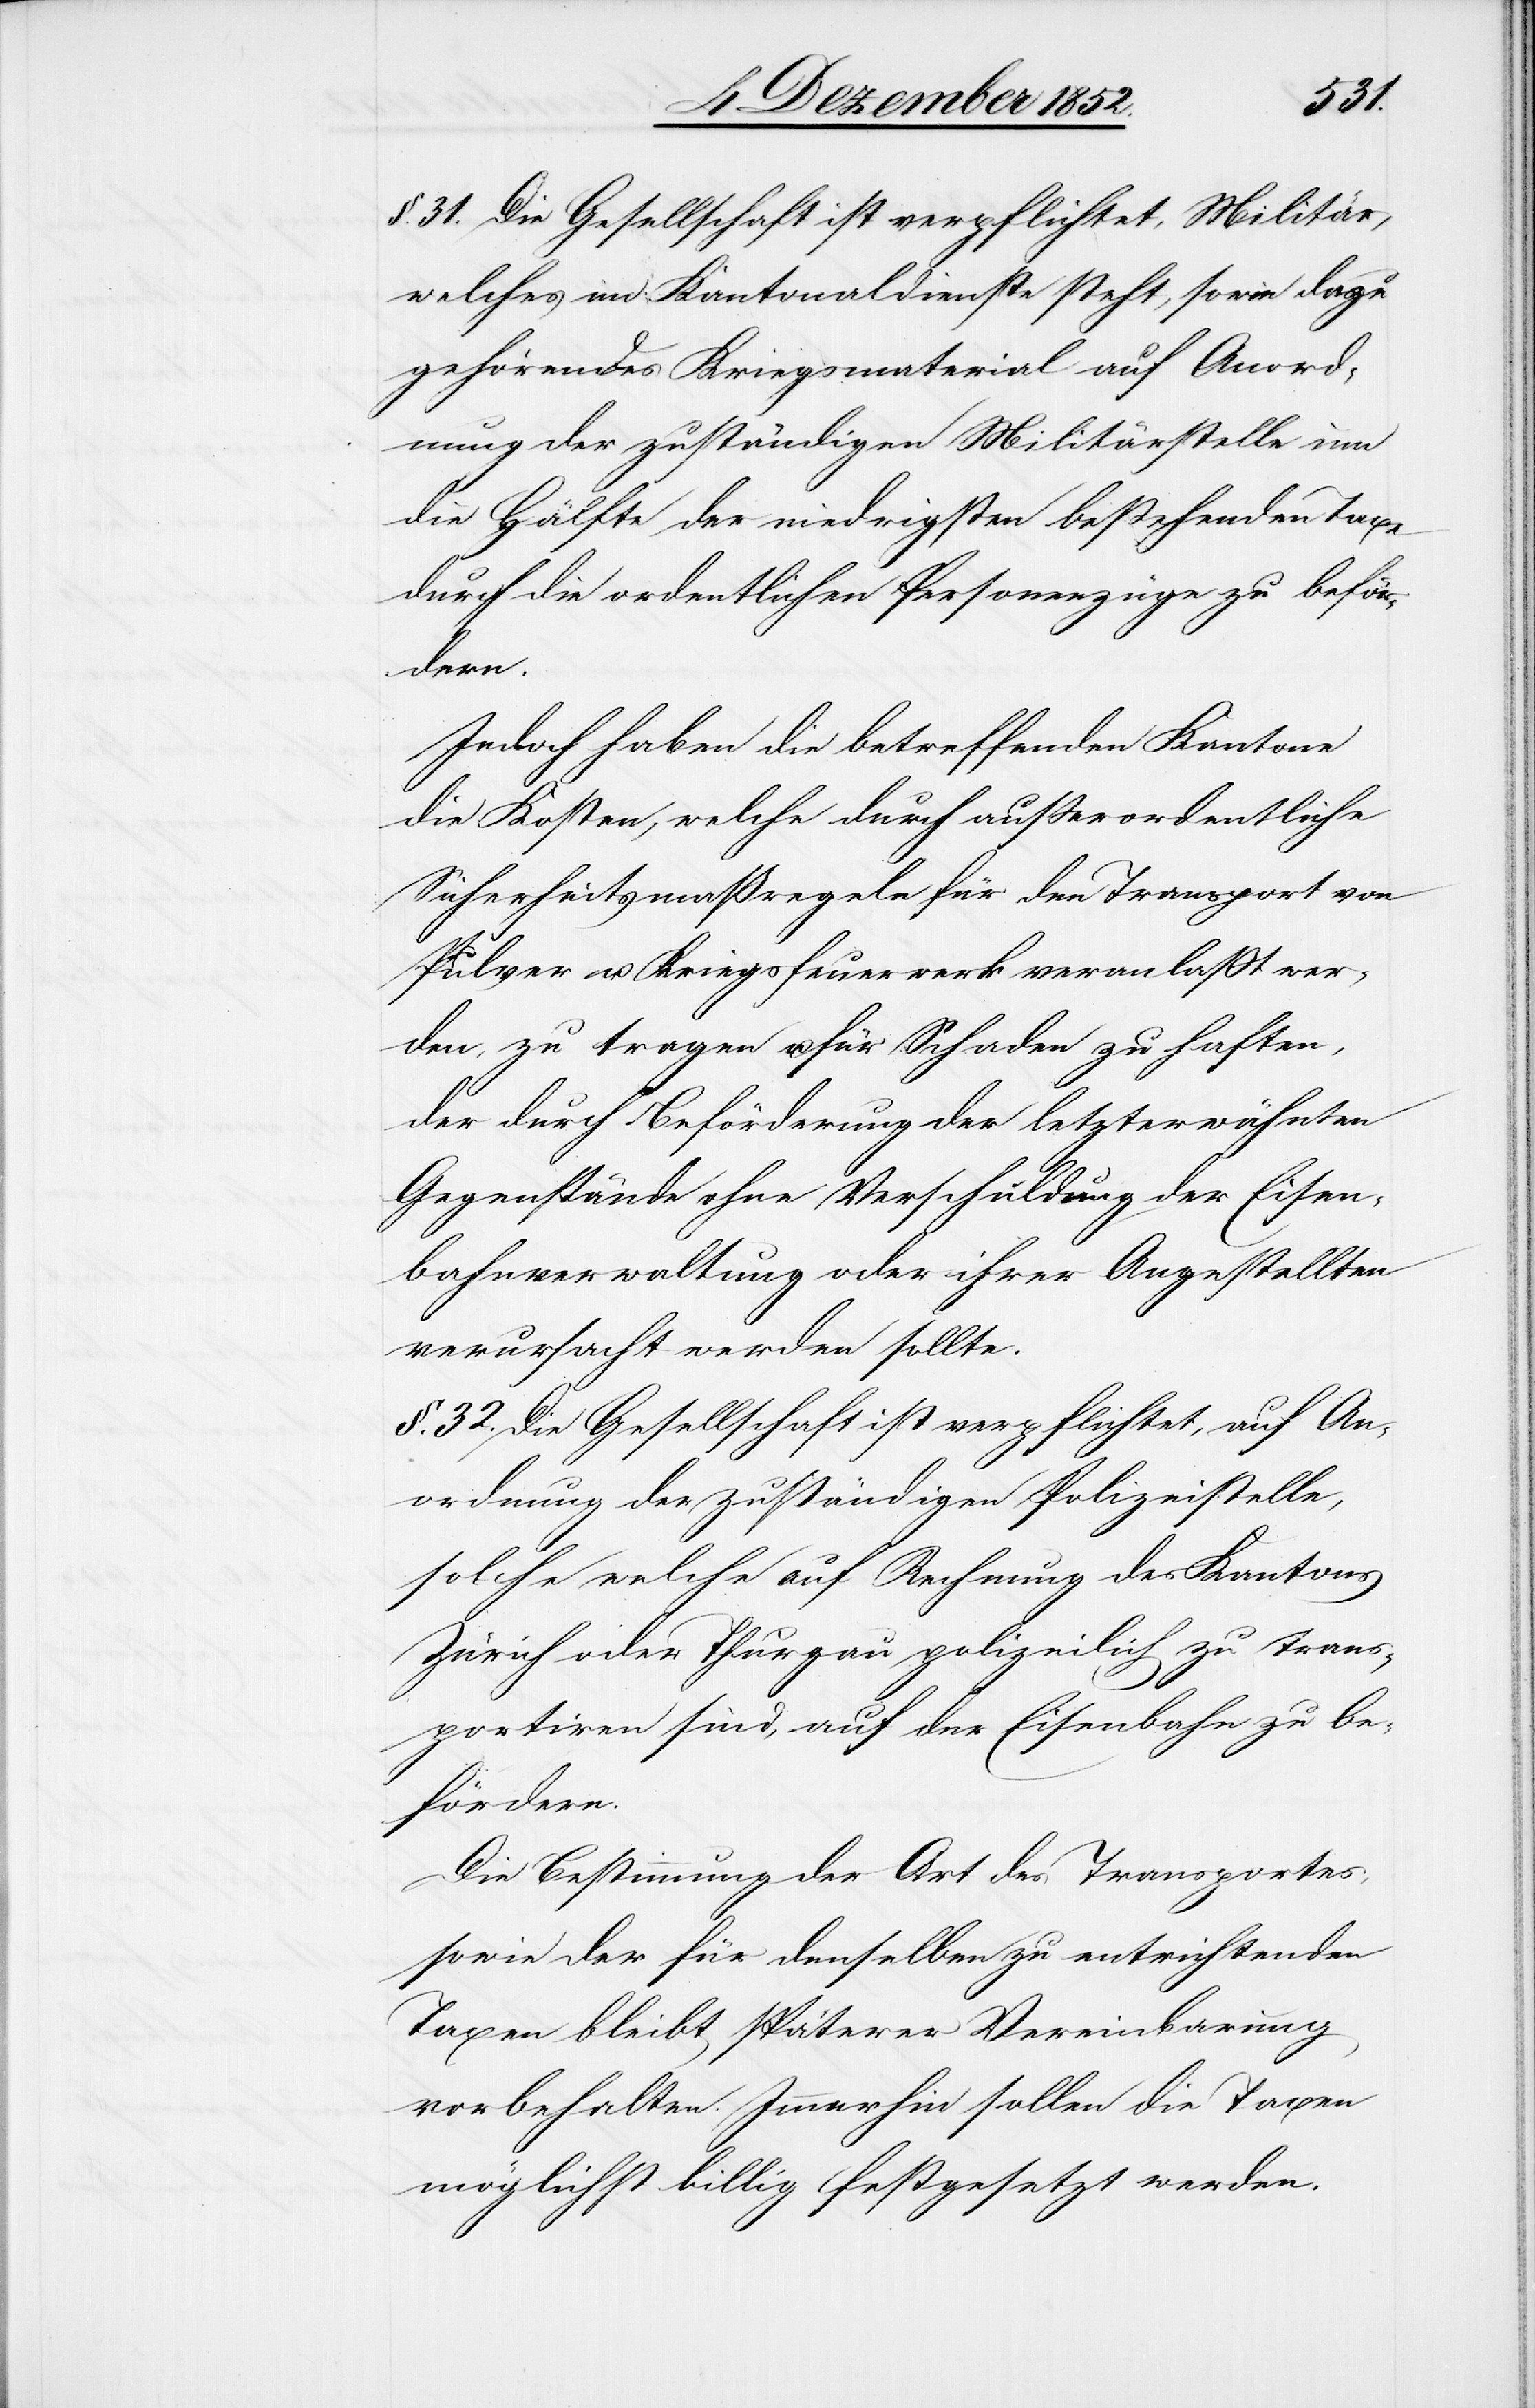
§. 31. Die Gesellschaft ist verpflichtet, Militär,
welches im Kantonaldienste steht, sowie dazu
gehörendes Kriegsmaterial auf Anord¬
nung der zuständigen Militärstelle um
die Hälfte der niedrigsten bestehenden Taxe
durch die ordentlichen Personenzüge zu beför¬
dern.
Jedoch haben die betreffenden Kantone
die Kosten, welche durch außerordentliche
Sicherheitsmaßregeln für den Transport von
Pulver u. Kriegsfeuerwerk veranlaßt wer¬
den, zu tragen u. für Schaden zu haften,
der durch Beförderung der letzterwähnten
Gegenstände ohne Verschuldung der Eisen¬
bahnverwaltung oder ihrer Angestellten
verursacht werden sollte.
§. 32. Die Gesellschaft ist verpflichtet, auf An¬
ordnung der zuständigen Polizeistelle,
solche welche auf Rechnung des Kantons
Zürich oder Thurgau polizeilich zu trans¬
portiren sind, auf der Eisenbahn zu be¬
fördern.
Die Bestimmung der Art des Transportes,
sowie der für denselben zu entrichtenden
Taxen bleibt späterer Vereinbarung
vorbehalten. Immerhin sollen die Taxen
möglichst billig festgesetzt werden.